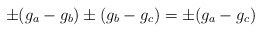
\begin{align*}\pm(g_a-g_b)\pm(g_b-g_c)=\pm(g_a-g_c)\end{align*}